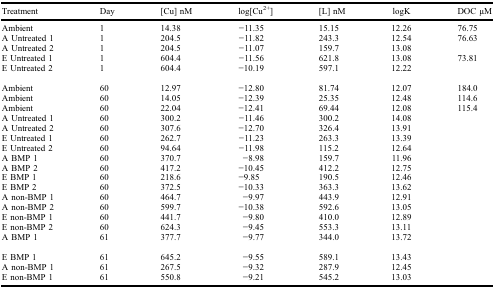
<table><thead><tr><td><b>Treatment</b></td><td><b>Day</b></td><td><b>[Cu] nM</b></td><td><b>log[Cu<sup>2+</sup>]</b></td><td><b>[L] nM</b></td><td><b>logK</b></td><td><b>DOC μM</b></td></tr></thead><tbody><tr><td>Ambient</td><td>1</td><td>14.38</td><td>−11.35</td><td>15.15</td><td>12.26</td><td>76.75</td></tr><tr><td>A Untreated 1</td><td>1</td><td>204.5</td><td>−11.82</td><td>243.3</td><td>12.54</td><td>76.63</td></tr><tr><td>A Untreated 2</td><td>1</td><td>204.5</td><td>−11.07</td><td>159.7</td><td>13.08</td><td></td></tr><tr><td>E Untreated 1</td><td>1</td><td>604.4</td><td>−11.56</td><td>621.8</td><td>13.08</td><td>73.81</td></tr><tr><td>E Untreated 2</td><td>1</td><td>604.4</td><td>−10.19</td><td>597.1</td><td>12.22</td><td></td></tr><tr><td>Ambient</td><td>60</td><td>12.97</td><td>−12.80</td><td>81.74</td><td>12.07</td><td>184.0</td></tr><tr><td>Ambient</td><td>60</td><td>14.05</td><td>−12.39</td><td>25.35</td><td>12.48</td><td>114.6</td></tr><tr><td>Ambient</td><td>60</td><td>22.04</td><td>−12.41</td><td>69.44</td><td>12.08</td><td>115.4</td></tr><tr><td>A Untreated 1</td><td>60</td><td>300.2</td><td>−11.46</td><td>300.2</td><td>14.08</td><td></td></tr><tr><td>A Untreated 2</td><td>60</td><td>307.6</td><td>−12.70</td><td>326.4</td><td>13.91</td><td></td></tr><tr><td>E Untreated 1</td><td>60</td><td>262.7</td><td>−11.23</td><td>263.3</td><td>13.39</td><td></td></tr><tr><td>E Untreated 2</td><td>60</td><td>94.64</td><td>−11.98</td><td>115.2</td><td>12.64</td><td></td></tr><tr><td>A BMP 1</td><td>60</td><td>370.7</td><td>−8.98</td><td>159.7</td><td>11.96</td><td></td></tr><tr><td>A BMP 2</td><td>60</td><td>417.2</td><td>−10.45</td><td>412.2</td><td>12.75</td><td></td></tr><tr><td>E BMP 1</td><td>60</td><td>218.6</td><td>−9.85</td><td>190.5</td><td>12.46</td><td></td></tr><tr><td>E BMP 2</td><td>60</td><td>372.5</td><td>−10.33</td><td>363.3</td><td>13.62</td><td></td></tr><tr><td>A non-BMP 1</td><td>60</td><td>464.7</td><td>−9.97</td><td>443.9</td><td>12.91</td><td></td></tr><tr><td>A non-BMP 2</td><td>60</td><td>599.7</td><td>−10.38</td><td>592.6</td><td>13.05</td><td></td></tr><tr><td>E non-BMP 1</td><td>60</td><td>441.7</td><td>−9.80</td><td>410.0</td><td>12.89</td><td></td></tr><tr><td>E non-BMP 2</td><td>60</td><td>624.3</td><td>−9.45</td><td>553.3</td><td>13.11</td><td></td></tr><tr><td>A BMP 1</td><td>61</td><td>377.7</td><td>−9.77</td><td>344.0</td><td>13.72</td><td></td></tr><tr><td>E BMP 1</td><td>61</td><td>645.2</td><td>−9.55</td><td>589.1</td><td>13.43</td><td></td></tr><tr><td>A non-BMP 1</td><td>61</td><td>267.5</td><td>−9.32</td><td>287.9</td><td>12.45</td><td></td></tr><tr><td>E non-BMP 1</td><td>61</td><td>550.8</td><td>−9.21</td><td>545.2</td><td>13.03</td><td></td></tr></tbody></table>